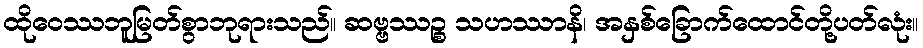
ထိုဝေဿဘူမြတ်စွာဘုရားသည်။ ဆဗ္ဗဿဉ္စ သဟဿာနိ၊ အနှစ်ခြောက်ထောင်တို့ပတ်လုံး။